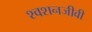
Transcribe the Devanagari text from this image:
श्वशनजीवी